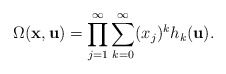
\begin{align*}\Omega(\mathbf{x}, \mathbf{u})=\prod_{j=1}^\infty \sum_{k = 0}^\infty (x_j)^k h_k(\mathbf{u}).\end{align*}